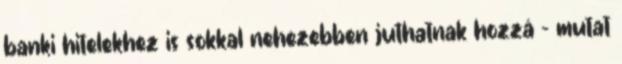
banki hitelekhez is sokkal nehezebben juthatnak hozzá - mutat